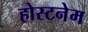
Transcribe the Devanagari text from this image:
होस्टनेम